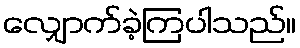
လျှောက်ခဲ့ကြပါသည်။